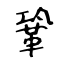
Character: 鞏